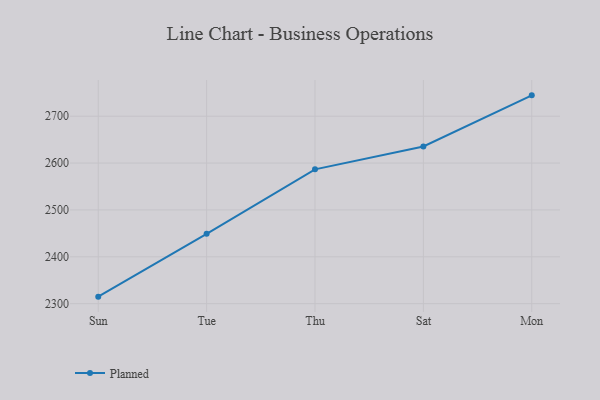
{"axis": {"x": "Day", "y": "Gross Profit (USD K)"}, "legend": ["Planned"], "data": [{"x": "Sun", "y": 2315.0, "type": "Planned"}, {"x": "Tue", "y": 2449.0, "type": "Planned"}, {"x": "Thu", "y": 2586.6, "type": "Planned"}, {"x": "Sat", "y": 2635.4, "type": "Planned"}, {"x": "Mon", "y": 2744.5, "type": "Planned"}]}